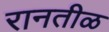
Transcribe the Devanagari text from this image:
रानतीळ